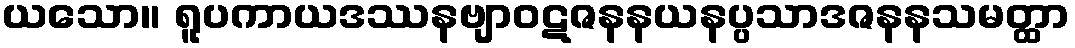
ယသော။ ရူပကာယဒဿနဗျာဝဋဇနနယနပ္ပသာဒဇနနသမတ္ထာ